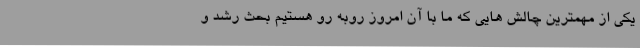
یکی از مهمترین چالش هایی که ما با آن امروز روبه رو هستیم بحث رشد و